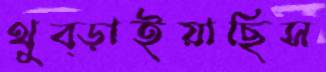
থুব্‌ড়াইয়াছিস